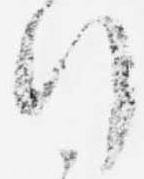
行